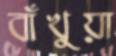
বাঁখুয়া